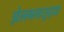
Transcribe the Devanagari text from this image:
झेलमलासुद्धा